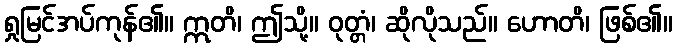
ရှုမြင်အပ်ကုန်၏။ ဣတိ၊ ဤသို့။ ဝုတ္တံ၊ ဆိုလိုသည်။ ဟောတိ၊ ဖြစ်၏။